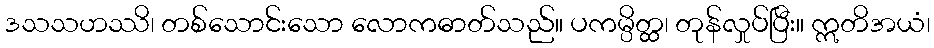
ဒသသဟဿိ၊ တစ်သောင်းသော လောကဓာတ်သည်။ ပကမ္ပိတ္ထ၊ တုန်လှုပ်ပြီး။ ဣတိအယံ၊